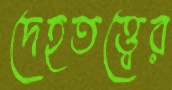
দেহতত্ত্বের